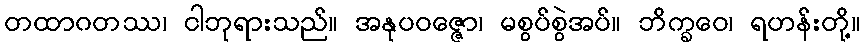
တထာဂတဿ၊ ငါဘုရားသည်။ အနုပဝဇ္ဇော၊ မစွပ်စွဲအပ်။ ဘိက္ခဝေ၊ ရဟန်းတို့။